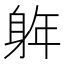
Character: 𮜵